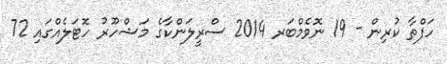
ހަފްތާ ކުރިން - 19 ނޮވެމްބަރ 2014 ސްރީލަންކާގެ މަަޝްހޫރު ހޮޓަލެއްގައި 72